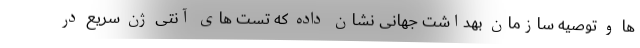
ها و توصیه سازمان بهداشت جهانی نشان داده که تست های آنتی ژن سریع در